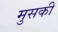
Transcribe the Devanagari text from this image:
मुसकी